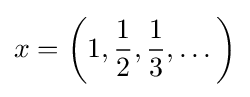
x=\left(1,{\frac {1}{2}},{\frac {1}{3}},\dots \right)